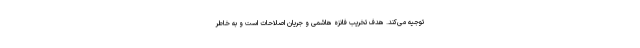
توجیه می‌کند. هدف تخریب فانزه هاشمی و جریان اصلاحات است و به خاطر